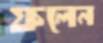
ফলেন